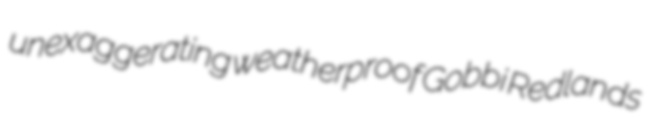
unexaggerating weatherproof Gobbi Redlands